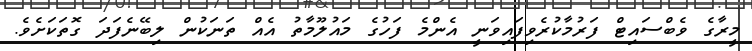
މީރާގެ ވެބްސައިޓް ފަރުމާކުރެވިފައިވަނީ އެންމެ ފަހުގެ މައުލޫމާތު އެއް ތަނަކުން ލިބޭނެފަދަ ގޮތަކަށެވެ.